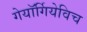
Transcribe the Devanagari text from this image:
गेयॉर्गियेविच